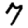
Digit: 7